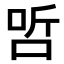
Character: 𠳇